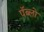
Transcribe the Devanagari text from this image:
पॅब्लो